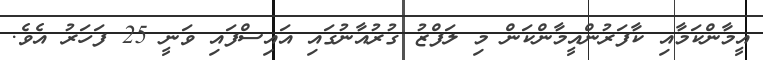
އީމާންކަމާއި ކާފަރުންއީމާންކަން މި ލަފްޒު ގުރުއާނުގައި އައިސްފައި ވަނީ 25 ފަހަރު އެވެ.